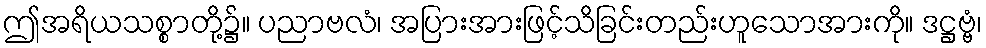
ဤအရိယသစ္စာတို့၌။ ပညာဗလံ၊ အပြားအားဖြင့်သိခြင်းတည်းဟူသောအားကို။ ဒဋ္ဌဗ္ဗံ၊